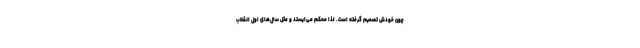
چون خودش تصمیم گرفته است. لذا محکم می‌ایستد و مثل سال‌های اول انقلاب